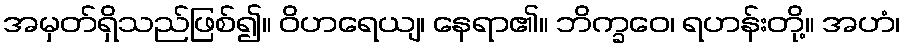
အမှတ်ရှိသည်ဖြစ်၍။ ဝိဟရေယျ၊ နေရာ၏။ ဘိက္ခဝေ၊ ရဟန်းတို့။ အဟံ၊